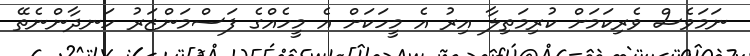
ނަމަވެސް ވެރިކަމަށް ކުރިމަތިލާ އިރު އެ މީހަކަށް އެ މީހެއްގެ ފަސްމަންޒަރު ހަނދާންނެތޭ